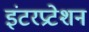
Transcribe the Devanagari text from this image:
इंटरप्रटेशन